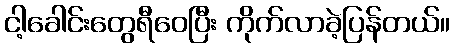
ငါ့ခေါင်းတွေရီဝေပြီး ကိုက်လာခဲ့ပြန်တယ်။